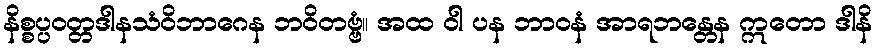
နိစ္စပ္ပဝတ္တဒါနသံဝိဘာဂေန ဘဝိတဗ္ဗံ။ အထ ဝါ ပန ဘာဝနံ အာရဘန္တေန ဣတော ဒါနိ